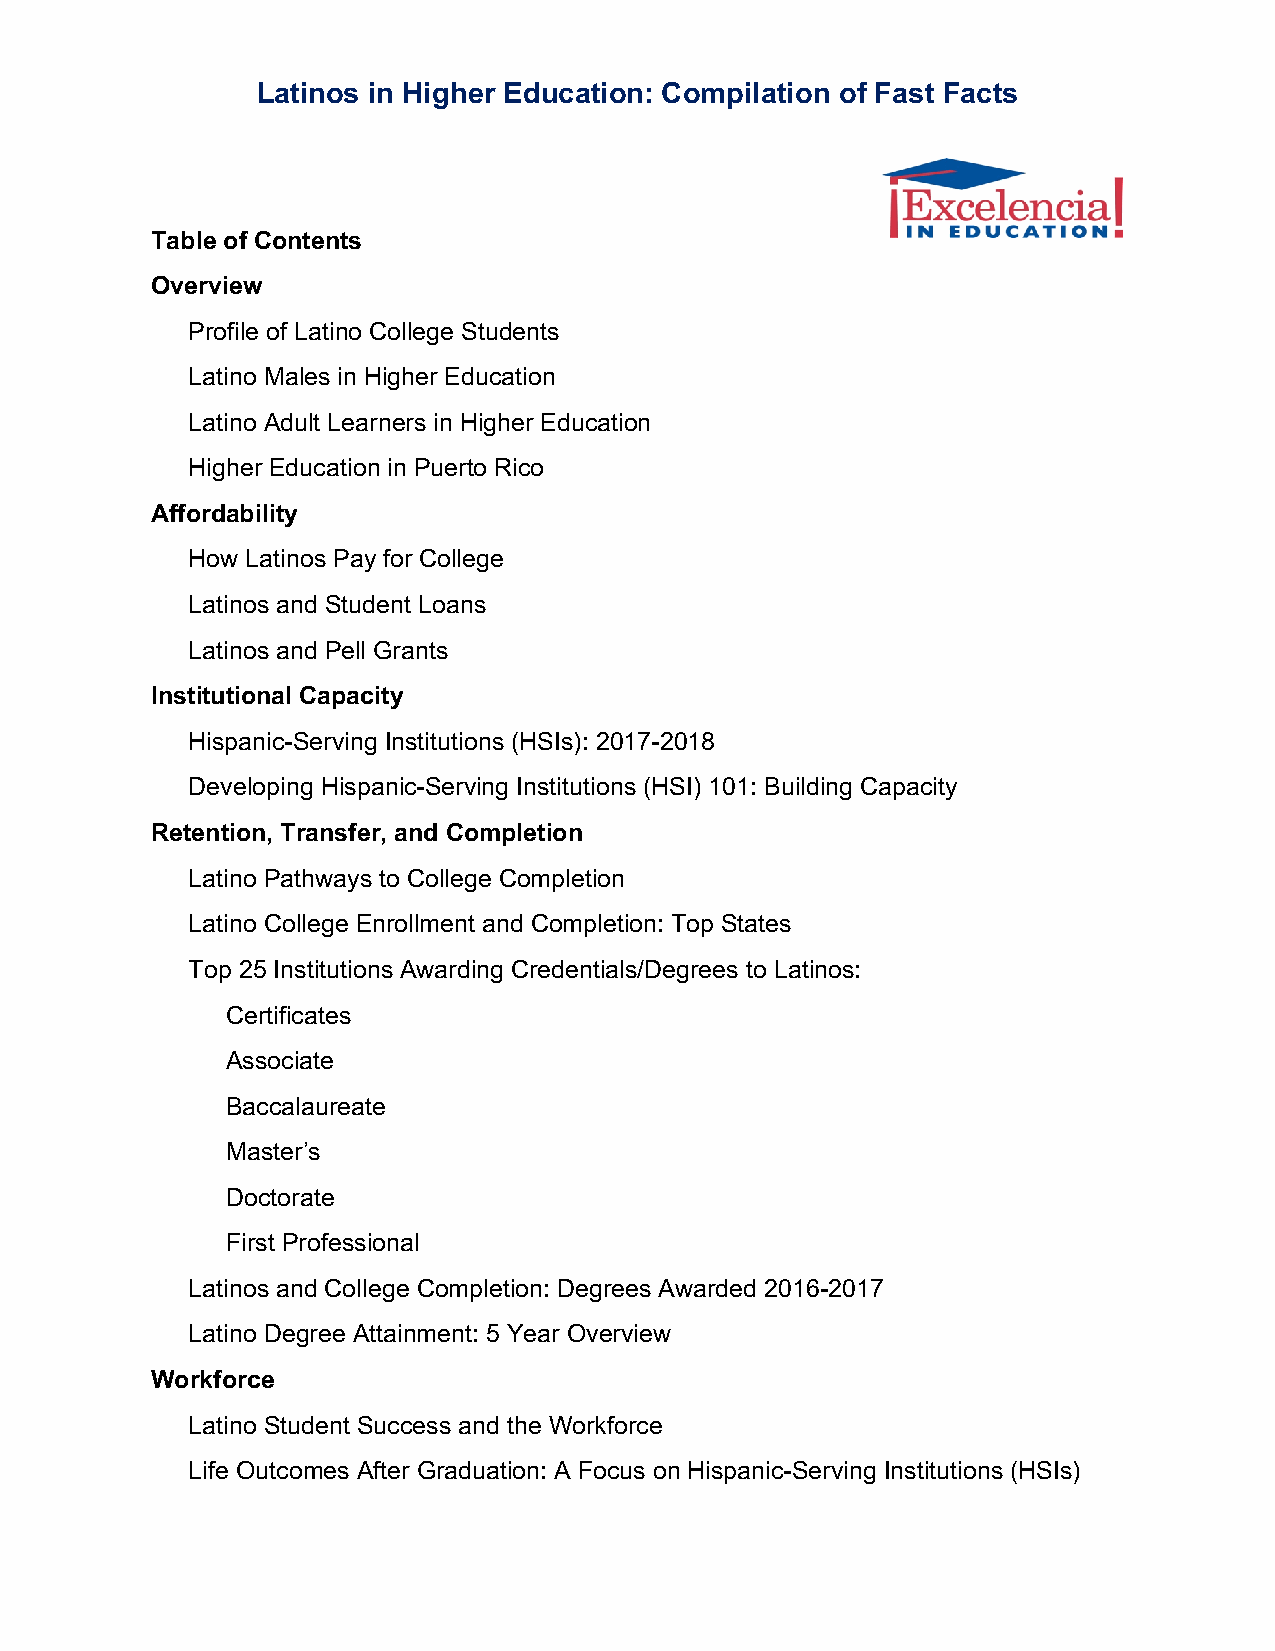
Latinos in Higher Education: Compilation of Fast Facts
 Table of Contents
 Overview
 Profile of Latino College Students
 Latino Males in Higher Education
 Latino Adult Learners in Higher Education
 Higher Education in Puerto Rico
 Affordability
 How Latinos Pay for College
 Latinos and Student Loans
 Latinos and Pell Grants
 Institutional Capacity
 Hispanic-Serving Institutions (HSIs): 2017-2018
 Developing Hispanic-Serving Institutions (HSI) 101: Building Capacity
 Retention, Transfer, and Completion
 Latino Pathways to College Completion
 Latino College Enrollment and Completion: Top States
 Top 25 Institutions Awarding Credentials/Degrees to Latinos:
 Certificates
 Associate
 Baccalaureate
 Master’s
 Doctorate
 First Professional
 Latinos and College Completion: Degrees Awarded 2016-2017
 Latino Degree Attainment: 5 Year Overview
 Workforce
 Latino Student Success and the Workforce
 Life Outcomes After Graduation: A Focus on Hispanic-Serving Institutions (HSIs)